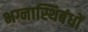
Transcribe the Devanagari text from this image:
भग्नास्थिबंधों